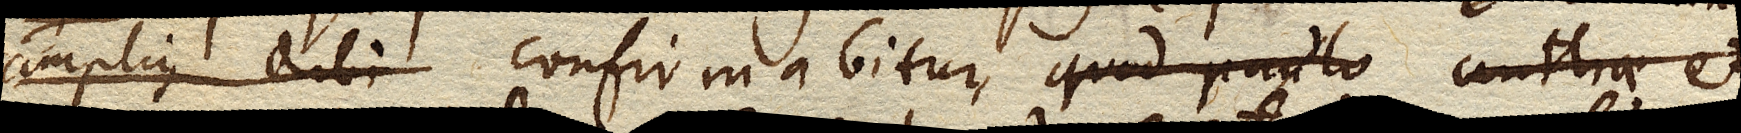
amplius dubi confirmabitur quod paulo Antliae et